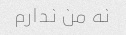
نه من ندارم